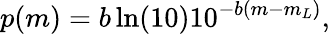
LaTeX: p(m)=b\ln(10)10^{-b(m-m_{L})},